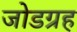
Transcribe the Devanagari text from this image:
जोडग्रह